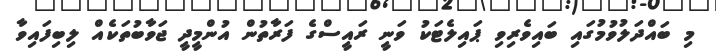
މި ބައްދަލުވުމުގައި ބައިވެރިވި ޕައިލެޓަކު ވަނީ ރައީސްގެ ފަރާތުން އުންމީދީ ޖަވާބުތަކެއް ލިބިފައިވާ